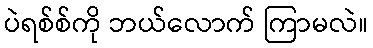
ပဲရစ်စ်ကို ဘယ်လောက် ကြာမလဲ။